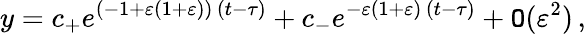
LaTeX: y=c_{+}e^{(-1+\varepsilon(1+\varepsilon))\, (t-\tau)}+c_{-}e^{-\varepsilon(1+\varepsilon)\, (t-\tau)}+\mathtt{O}(\varepsilon^{2})\, ,